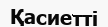
Қасиетті